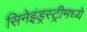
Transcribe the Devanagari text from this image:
सिनेइंड्रस्ट्रीमध्ये